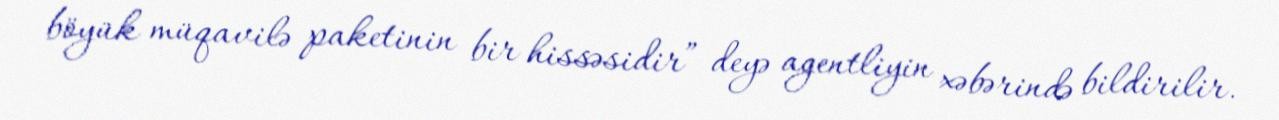
böyük müqavilə paketinin bir hissəsidir” deyə agentliyin xəbərində bildirilir.